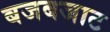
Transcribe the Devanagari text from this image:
बजबजाट